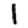
Digit: 1